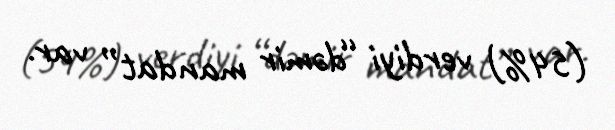
(54%) verdiyi “dəmir mandat” var.